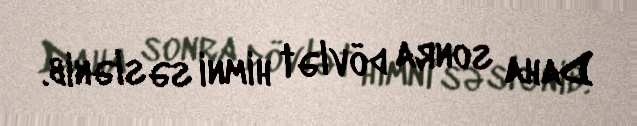
Daha sonra dövlət himni səslənib.